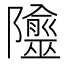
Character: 𨽙